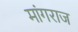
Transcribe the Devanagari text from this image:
मांगराज